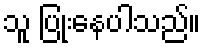
သူ ပြုံးနေပါသည်။